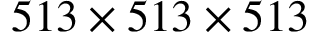
5 1 3 \times 5 1 3 \times 5 1 3